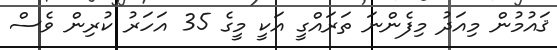
ޤައުމުން މިއަދު މިފެންނަ ތަރައްގީ އަކީ މީގެ 35 އަހަރު ކުރިން ވެސް